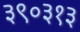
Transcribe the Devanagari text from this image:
३९०३१३